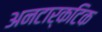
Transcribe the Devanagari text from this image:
अनटार्कटिक